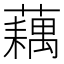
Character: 藕